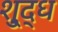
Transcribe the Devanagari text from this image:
शु्द्ध